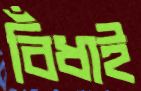
বিঁধাই